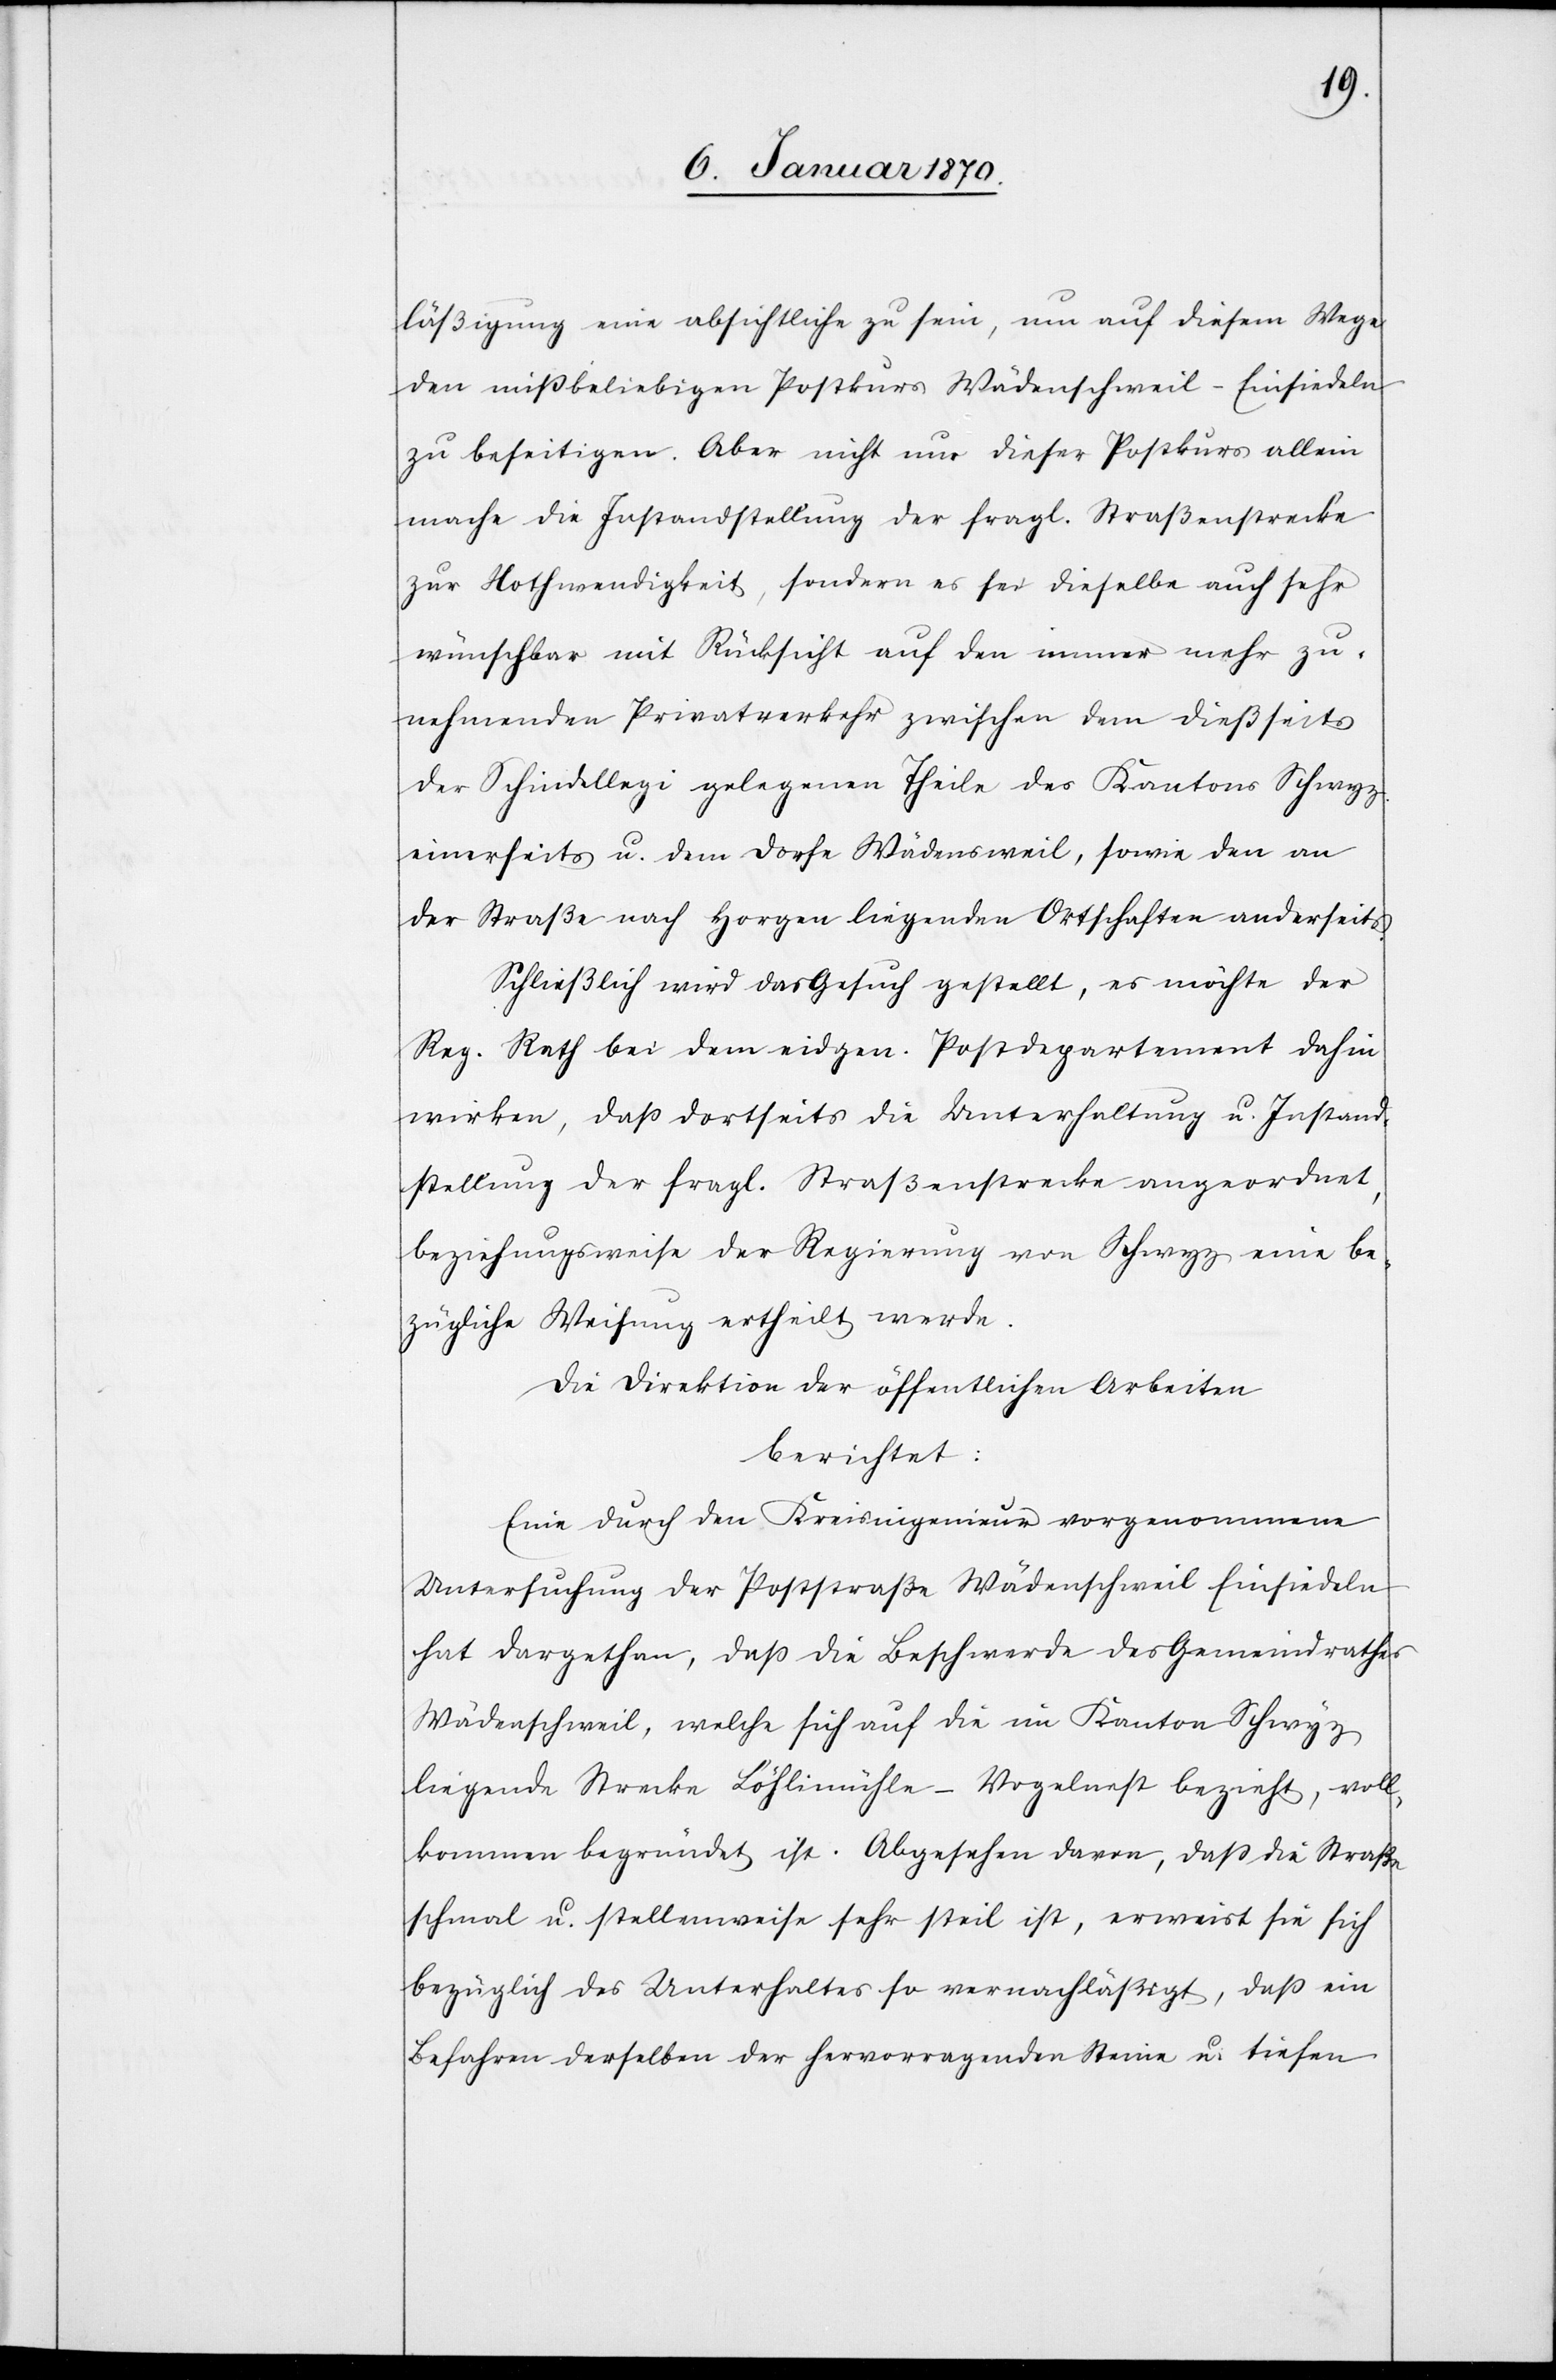
läßigung eine absichtliche zu sein, um auf diesem Wege
den mißbeliebigen Postkurs Wädenschweil – Einsiedeln
zu beseitigen. Aber nicht nur dieser Postkurs allein
mache die Instandstellung der fragl. Straßenstrecke
zur Nothwendigkeit, sondern es sei dieselbe auch sehr
wünschbar mit Rücksicht auf den immer mehr zu¬
nehmenden Privatverkehr zwischen dem dießseits
der Schindellegi gelegenen Theile des Kantons Schwyz
einerseits u. dem Dorfe Wädensweil, sowie den an
der Straße nach Horgen liegenden Ortschaften anderseits.
Schließlich wird das Gesuch gestellt, es möchte der
Reg. Rath bei dem eidgen. Postdepartement dahin
wirken, daß dortseits die Unterhaltung u. Instand¬
stellung der fragl. Straßenstrecke angeordnet,
beziehungsweise der Regierung von Schwyz eine be¬
zügliche Weisung ertheilt werde.
Die Direktion der öffentlichen Arbeiten
berichtet:
Eine durch den Kreisingenieur vorgenommene
Untersuchung der Poststraße Wädenschweil Einsiedeln
hat dargethan, daß die Beschwerde des Gemeindrathes
Wädenschweil, welche sich auf die im Kanton Schwyz
liegende Strecke Löhlimühle–Vogelnest bezieht, voll¬
kommen begründet ist. Abgesehen davon, daß die Straße
schmal u. stellenweise sehr steil ist, erweist sie sich
bezüglich des Unterhaltes so vernachläßigt, daß ein
Befahren derselben der hervorragenden Steine u. tiefen